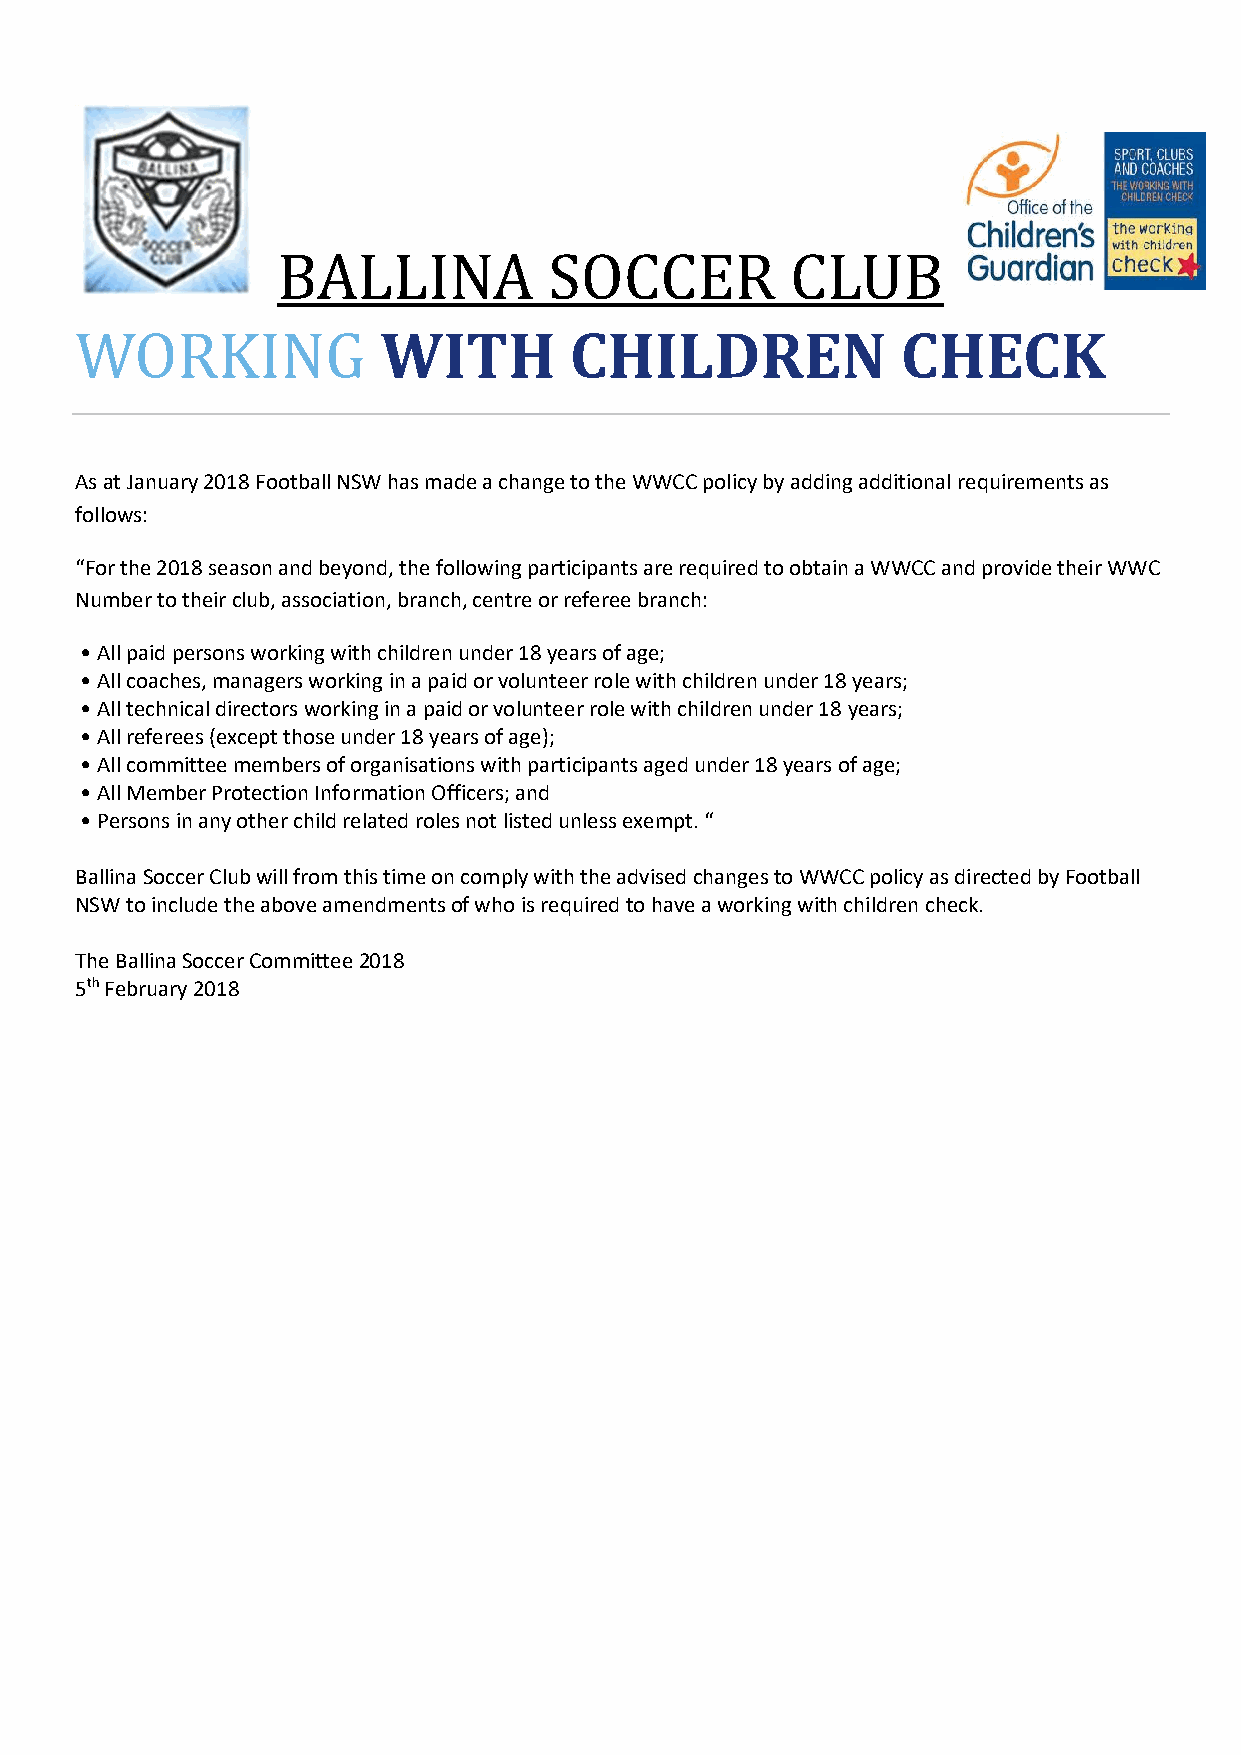
BALLINA           SOCCER          CLUB
 WORKING             WITH         CHILDREN              CHECK
 As at January 2018 Football NSW has made a change to the WWCC policy by adding additional requirements as
 follows:
 “For the 2018 season and beyond, the following participants are required to obtain a WWCC and provide their WWC
 Number to their club, association, branch, centre or referee branch:
 • All paid persons working with children under 18 years of age;
 • All coaches, managers working in a paid or volunteer role with children under 18 years;
 • All technical directors working in a paid or volunteer role with children under 18 years;
 • All referees (except those under 18 years of age);
 • All committee members of organisations with participants aged under 18 years of age;
 • All Member Protection Information Officers; and
 • Persons in any other child related roles not listed unless exempt. “
 Ballina Soccer Club will from this time on comply with the advised changes to WWCC policy as directed by Football
 NSW to include the above amendments of who is required to have a working with children check.
 The Ballina Soccer Committee 2018
 5th February 2018